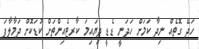
ހަދޭ ގޮތެއް ނިދާ ކަމަށް ހަދަނީ ޑެޑީ ދިޔައިމަ ކާރޓެއިންތަށް ކުޑަކޮށް ދަމާލާފަ